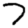
Digit: 7